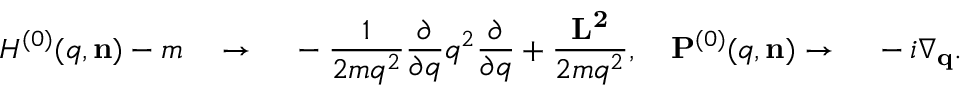
H ^ { ( 0 ) } ( q , { \bf n } ) - m { \quad } \rightarrow { \quad } - \frac { 1 } { { 2 m } { q } ^ { 2 } } \frac { \partial } { { \partial } { q } } { q } ^ { 2 } \frac { \partial } { { \partial } { q } } + \frac { \bf L ^ { 2 } } { 2 m q ^ { 2 } } , { \quad } { \bf P } ^ { ( 0 ) } ( q , { \bf n } ) \rightarrow { \quad } - i \nabla _ { \bf q } .